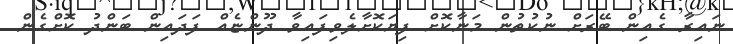
ނައިރާ ގެއިން ބޭރަށް ނުކުތުން މަނާކޮށް ފިޔަކޮށާލެވިފައިވާ ދޫންޏެއް ފަދައިން ބަންދު ކޮށްގެން